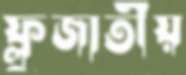
ফ্লুজাতীয়